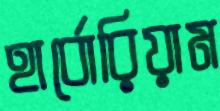
হার্বোরিয়াম